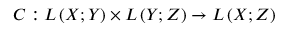
C : L \left( X ; Y \right) \times L \left( Y ; Z \right) \to L \left( X ; Z \right)